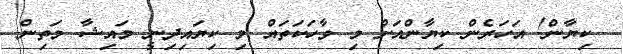
ކިޔާން! އަހަރެން ކިޔާންއަށް މި ވާހަކަތައް މި ކިޔައިދިނީ މައިޝާ މަތިން